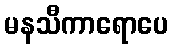
မနသီကာရောပေ